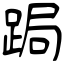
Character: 跼